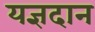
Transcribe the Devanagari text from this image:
यज्ञदान